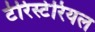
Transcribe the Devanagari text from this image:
टेरिस्टेरियल